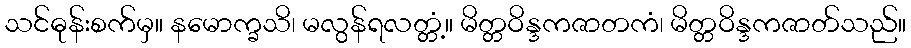
သင်ဓုန်းစက်မှ။ နမောက္ခသိ၊ မလွန်ရလတ္တံ့။ မိတ္တဝိန္ဒကဇာတကံ၊ မိတ္တဝိန္ဒကဇာတ်သည်။